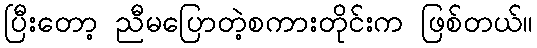
ပြီးတော့ ညီမပြောတဲ့စကားတိုင်းက ဖြစ်တယ်။